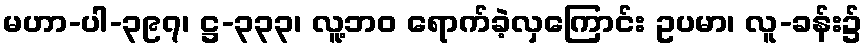
မဟာ-ပါ-၃၉၇၊ ဋ္ဌ-၃၃၃၊ လူ့ဘဝ ရောက်ခဲ့လှကြောင်း ဥပမာ၊ လူ-ခန်း၌